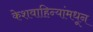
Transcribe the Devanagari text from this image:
केशवाहिन्यांमधून